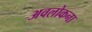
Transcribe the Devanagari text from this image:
अवलोकना